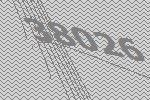
38026